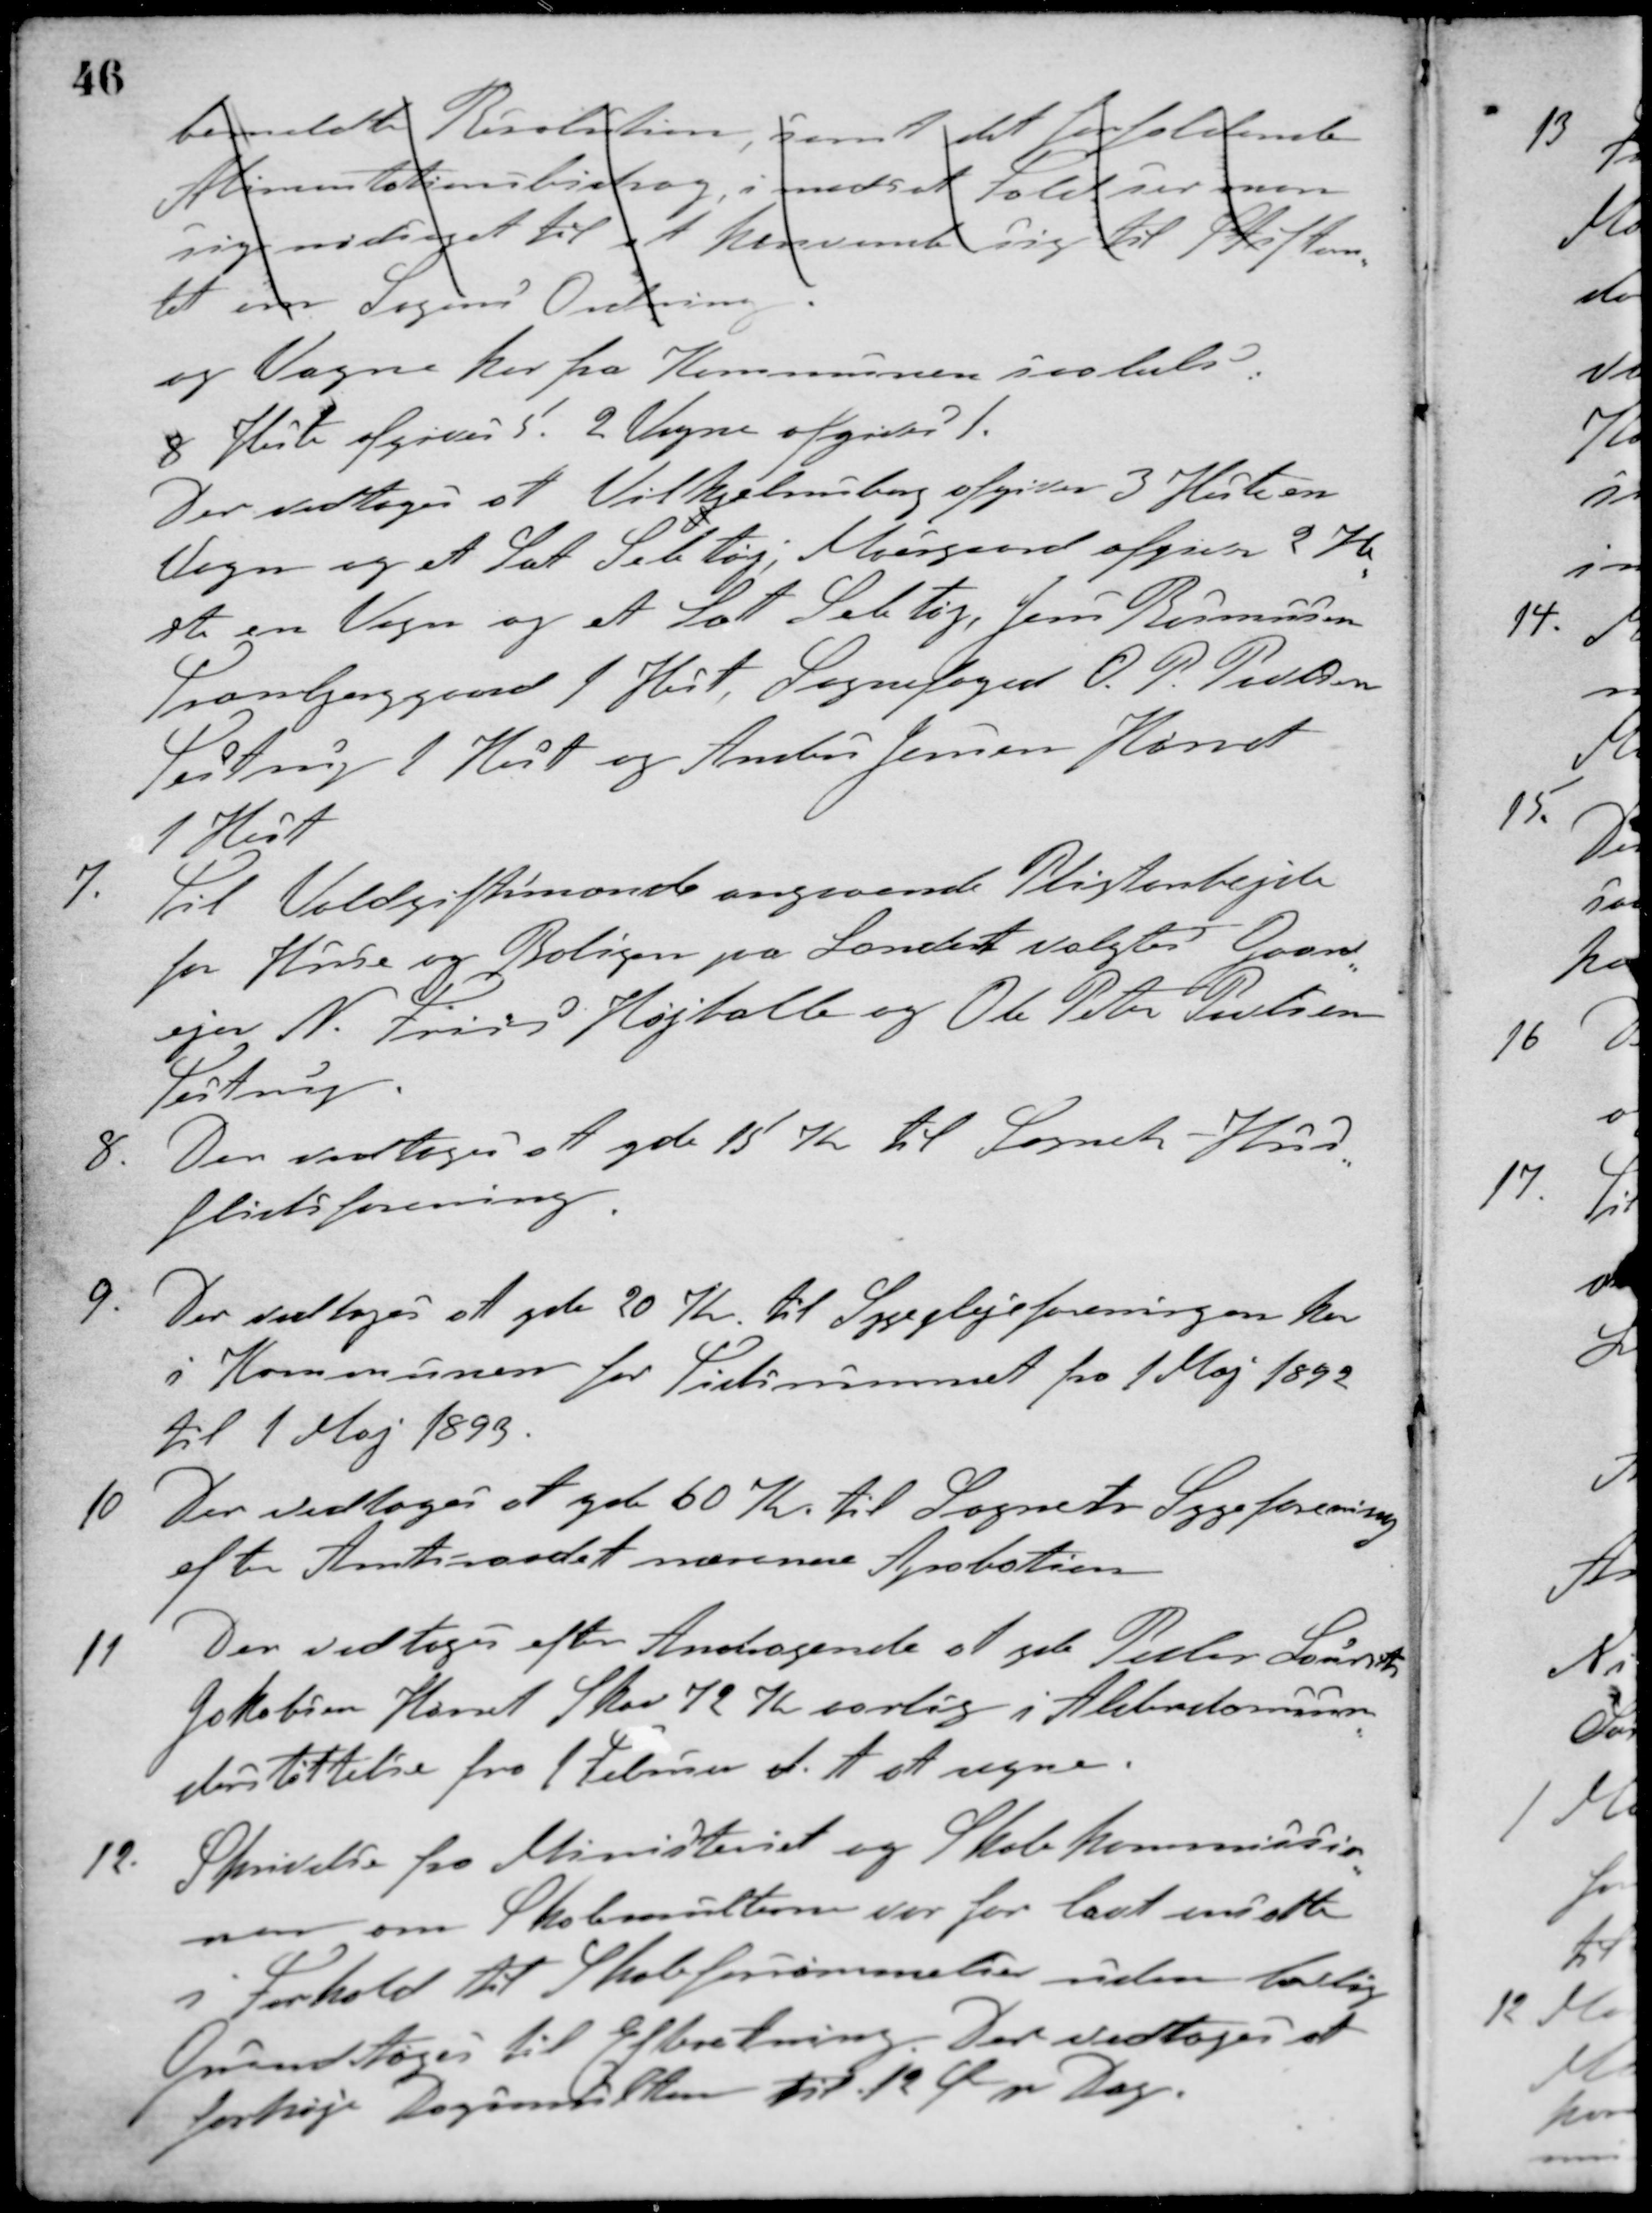
Transskription:
bemeldte Resolution, samt det forefaldende
Alimentationsbidrag, i modsat fald ser man
sig nødsaget til at henende sig til Stiftam-
tet om Sagens Ordning.
og Vogne her fra Kommunen saaledes
8 Heste afgives 5. 2 Vogne afgives 1.
Der vedtoges at Vilhjelmsborg afgiver 3 Heste en
Vogn og et Sæt Seletøj, Moesgaard afgiver 2 He-
ste en Vogn og et Sæt Seletøj, Jens Rasmussen
Tranbjerggaard 1 Hest, Sognefoged O. P. Poulsen
Testrup 1 Hest og Anders Jensen Hørret
1 Hest.
7. Til Voldgiftsmænde angaaende Pligtarbejde
for Huse og Boliger på Landet valgtes Gaard-
ejer N. Friis Højballe og Ole Peter Poulsen
Testrup.
8. Der vedtoges at yde 15 Kr. til Sognets Hus-
flidsforening.
9. Der vedtoges at yde 20 Kr. til Sygeplejeforeningen her
i Kommunen for Tidsrummet fra 1 Maj 1892
til 1 Maj 1893.
10. Der vedtoges at yde 60 Kr. til Sognets Sygeforening
after Amtsraadets nærmere Aprobation.
11 Der vedtoges efter Andragende at yde Peder Laurits
Jakobsen Hørret Skov 72 Kr. aarlig i Alderdomsun-
derstøttelse fra 1 Februar d. A. at regne.
12 Skrivelse fra Ministeriet og Skolekommissio-
nen om Skolemulterne var for lavt maalte
i Forhold til Skoleforsømmelser uden lovlig
Grund toges til Efterretning. Der vedtoges at
forhøje Dagsmulten til 12 Ø pr. Dag.